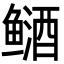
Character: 䲤